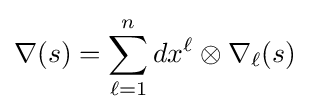
\nabla (s)=\sum _{\ell =1}^{n}dx^{\ell }\otimes \nabla _{\ell }(s)